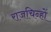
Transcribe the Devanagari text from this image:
राजचिन्हों